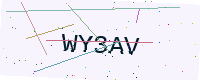
Text: WY3AV